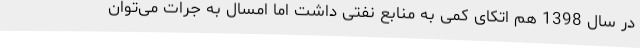
در سال 1398 هم اتکای کمی به منابع نفتی داشت اما امسال به جرات می‌توان